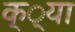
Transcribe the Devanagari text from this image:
क््या